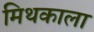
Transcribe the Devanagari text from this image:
मिथकाला